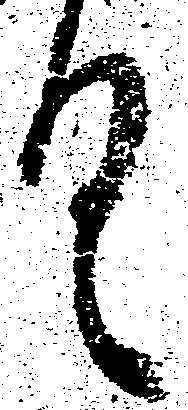
く